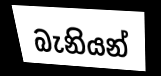
බැනියන්